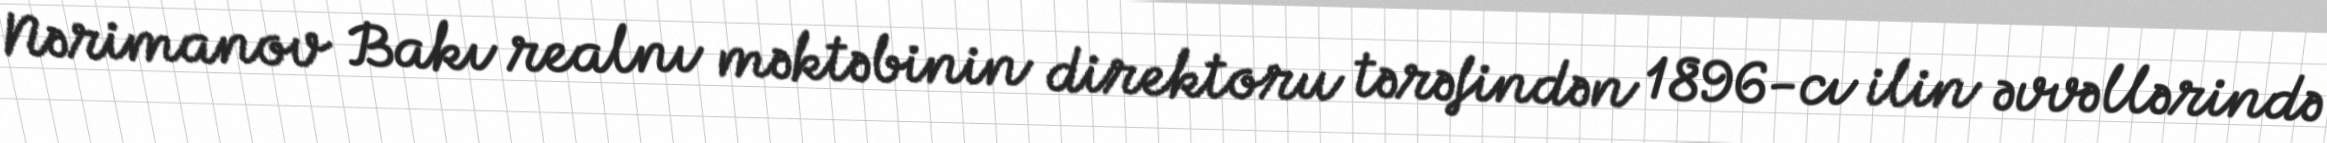
Nərimanov Bakı realnı məktəbinin direktoru tərəfindən 1896-cı ilin əvvəllərində